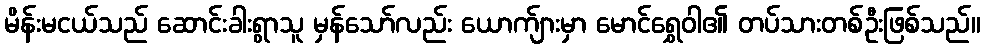
မိန်းမငယ်သည် ဆောင်းခါးရွာသူ မှန်သော်လည်း ယောက်ျားမှာ မောင်ရွှေဝါ၏ တပ်သားတစ်ဦးဖြစ်သည်။